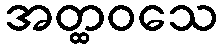
အတ္ထဝသေ